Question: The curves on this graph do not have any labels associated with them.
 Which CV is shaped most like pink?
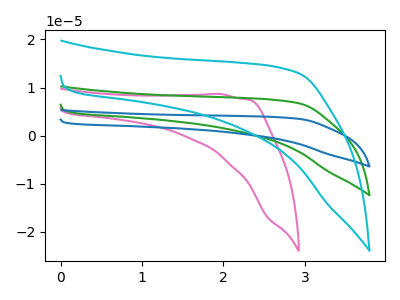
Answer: <think>The pink curve "pink" has no peaks. The green curve "green" has no peaks. The blue curve "blue" has no peaks. The cyan curve "cyan" has no peaks.
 Neither "pink" or "green" have any peaks. Neither "pink" or "blue" have any peaks. Neither "pink" or "cyan" have any peaks. Neither "green" or "blue" have any peaks. Neither "green" or "cyan" have any peaks. Neither "blue" or "cyan" have any peaks.</think>
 <answer>"pink", "green" and "blue" have a similar shape to "cyan".</answer>
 <eval>"pink" "green" "blue"</eval>